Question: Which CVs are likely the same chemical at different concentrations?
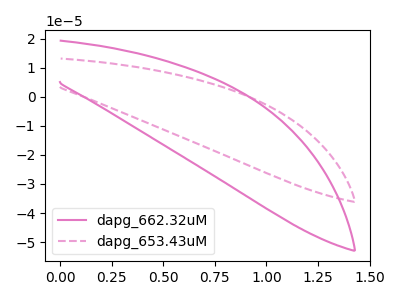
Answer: <think>The pink curve "dapg_662.32uM" has no peaks. The pink dashed curve "dapg_653.43uM" has no peaks.
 Neither "dapg_662.32uM" or "dapg_653.43uM" have any peaks.</think>
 <answer>"dapg_653.43uM" and "dapg_662.32uM" have the same shape and are likely CV's of the same chemical.</answer>
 <eval>"dapg_653.43uM" "dapg_662.32uM"</eval>